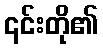
၎င်းတို၏